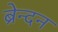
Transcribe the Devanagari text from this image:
ब्रेन्दन